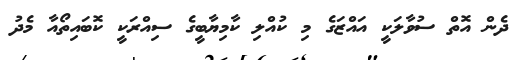
ދެން އޮތް ސުވާލަކީ އައްޒަގެ މި ކުއްލި ކާމިޔާބީގެ ސިއްރަކީ ކޮބައިތޯއާ މެދު